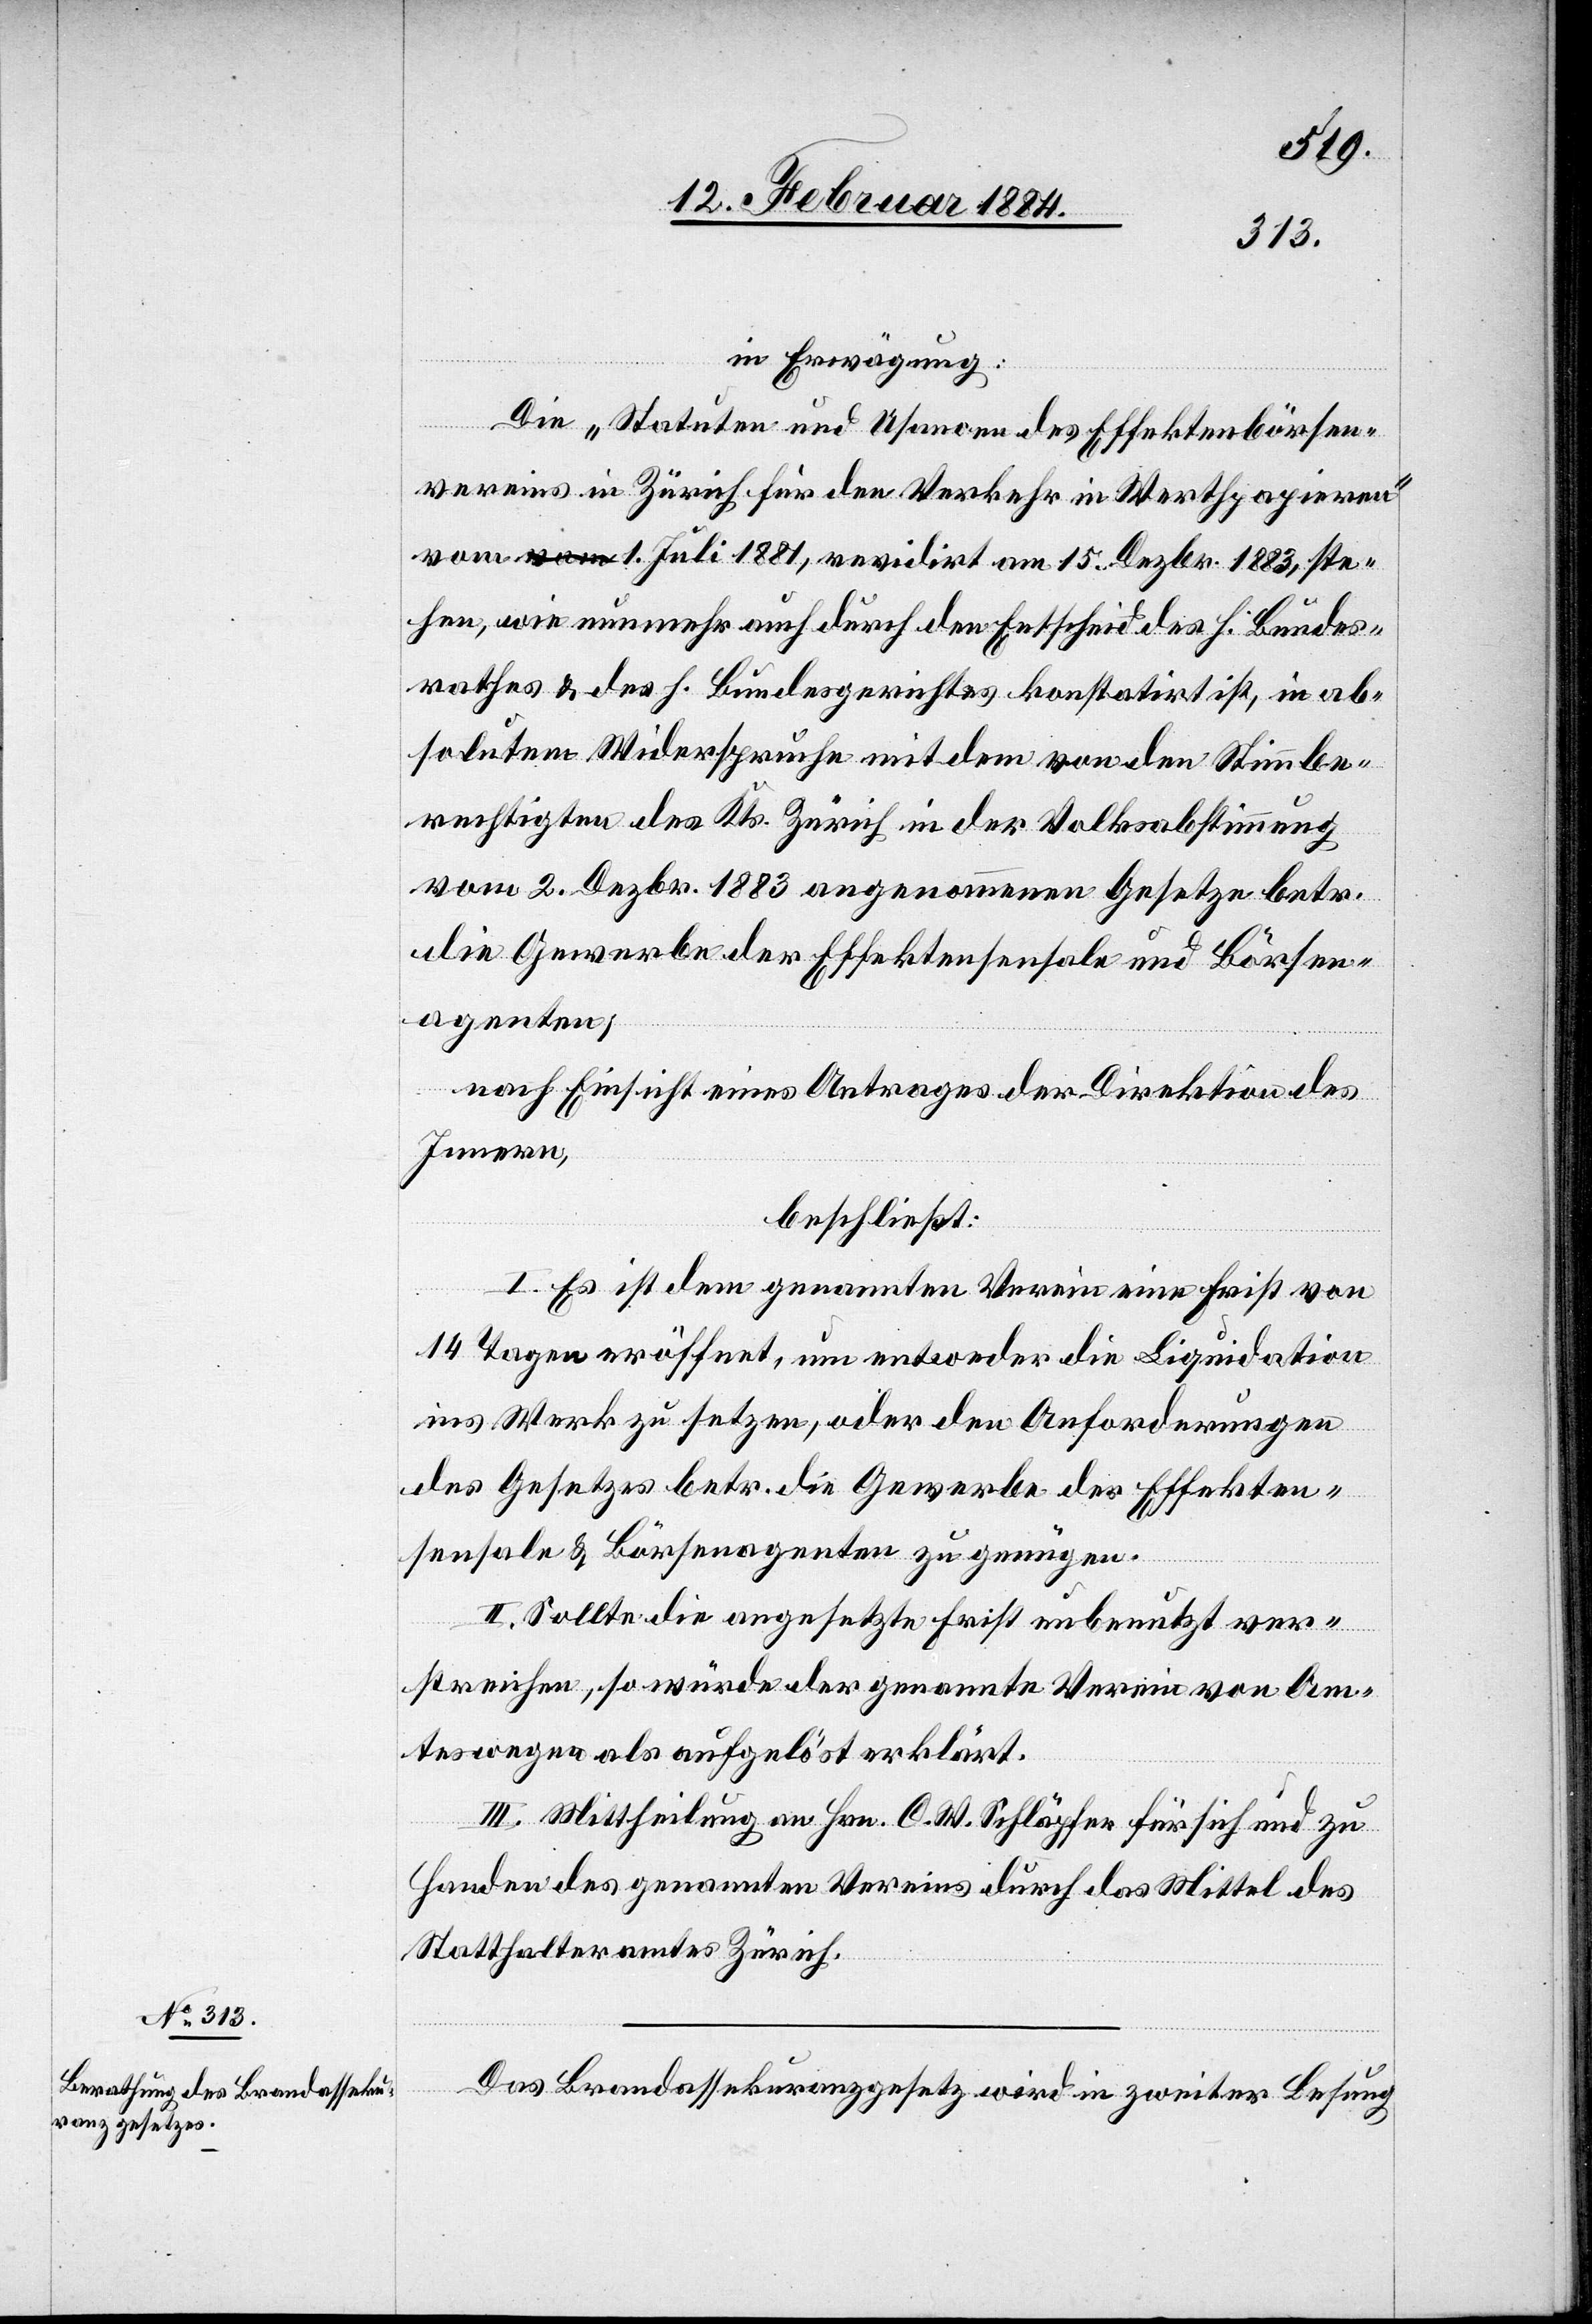
in Erwägung:
Die „Statuten und Usancen des Effektenbörsen¬
vereins in Zürich für den Verkehr in Werthpapieren“
vom 1. Juli 1881, revidirt am 15. Dezbr. 1883, ste¬
hen, wie nunmehr auch durch den Entscheid des h. Bundes¬
rathes & des h. Bundesgerichtes konstatirt ist, in ab¬
solutem Widerspruche mit dem von den Stimmbe¬
rechtigten des Kts. Zürich in der Volksabstimmung
vom 2. Dezbr. 1883 angenommenen Gesetze betr.
die Gewerbe der Effektensensale und Börsen¬
agenten,
nach Einsicht eines Antrages der Direktion des
Innern,
beschließt:
I. Es ist dem genannten Verein eine Frist von
14 Tagen eröffnet, um entweder die Liquidation
ins Werk zu setzen, oder den Anforderungen
des Gesetzes betr. die Gewerbe der Effekten¬
sensale & Börsenagenten zu genügen.
II. Sollte die angesetzte Frist unbenutzt ver¬
streichen, so würde der genannte Verein von Am¬
tswegen als aufgelöst erklärt.
III. Mittheilung an Hrn. C. W. Schläpfer für sich und zu
Handen des genannten Vereins durch das Mittel des
Statthalteramtes Zürich.
Das Brandassekuranzgesetz wird in zweiter Lesung